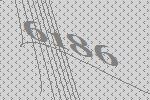
6186